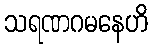
သရဏဂမနေဟိ